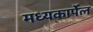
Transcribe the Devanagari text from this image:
मध्यकार्पेल